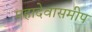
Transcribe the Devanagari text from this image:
महादेवासमीप